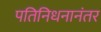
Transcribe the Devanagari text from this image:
पतिनिधनानंतर